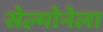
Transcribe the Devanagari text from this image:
सेल्मोनेला